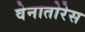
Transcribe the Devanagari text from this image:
वेनातोरेस